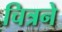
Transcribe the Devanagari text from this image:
चित्रने